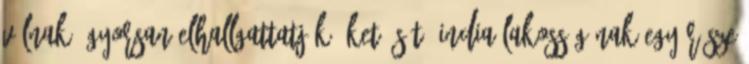
válnak, gyorsan elhallgattatják őket. Sőt, India lakosságának egy része